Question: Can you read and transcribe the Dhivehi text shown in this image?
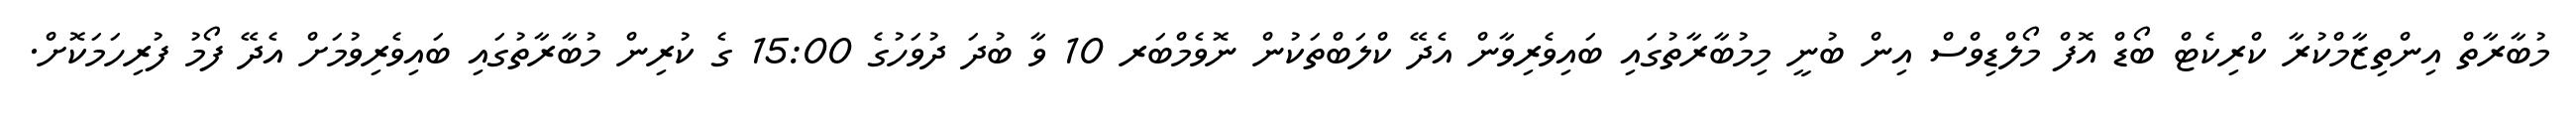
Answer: މުބާރާތް އިންތިޒާމްކުރާ ކްރިކެޓް ބޯޑް އޮފް މޯލްޑިވްސް އިން ބުނީ މިމުބާރާތުގައި ބައިވެރިވާން އެދޭ ކްލަބްތަކުން ނޮވެމްބަރ 10 ވާ ބުދަ ދުވަހުގެ 15:00 ގެ ކުރިން މުބާރާތުގައި ބައިވެރިވުމަށް އެދޭ ފޯމު ފުރިހަމަކޮށް.